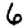
Digit: 6